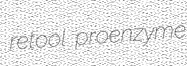
retool proenzyme